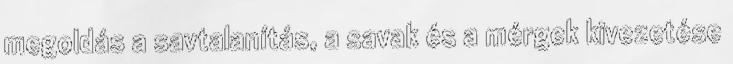
megoldás a savtalanítás, a savak és a mérgek kivezetése